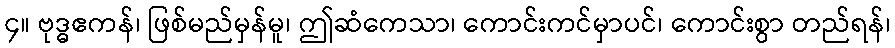
၄။ ဗုဒ္ဓဧကန်၊ ဖြစ်မည်မှန်မူ၊ ဤဆံကေသာ၊ ကောင်းကင်မှာပင်၊ ကောင်းစွာ တည်ရန်၊